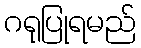
ဂရုပြုရမည်